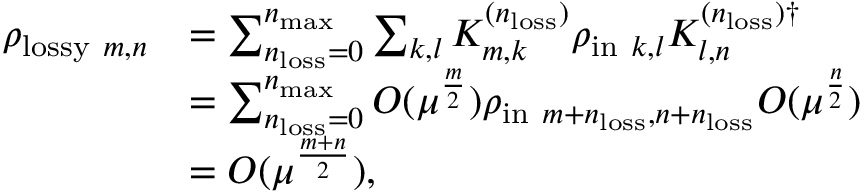
\begin{array} { r l } { \rho _ { \mathrm { l o s s y } ~ m , n } } & { = \sum _ { n _ { \mathrm { l o s s } } = 0 } ^ { n _ { \mathrm { m a x } } } \sum _ { k , l } K _ { m , k } ^ { ( n _ { \mathrm { l o s s } } ) } \rho _ { \mathrm { i n } ~ k , l } K _ { l , n } ^ { ( n _ { \mathrm { l o s s } } ) \dag } } \\ & { = \sum _ { n _ { \mathrm { l o s s } } = 0 } ^ { n _ { \mathrm { m a x } } } O ( \mu ^ { \frac { m } { 2 } } ) \rho _ { \mathrm { i n } ~ m + n _ { \mathrm { l o s s } } , n + n _ { \mathrm { l o s s } } } O ( \mu ^ { \frac { n } { 2 } } ) } \\ & { = O ( \mu ^ { \frac { m + n } { 2 } } ) , } \end{array}